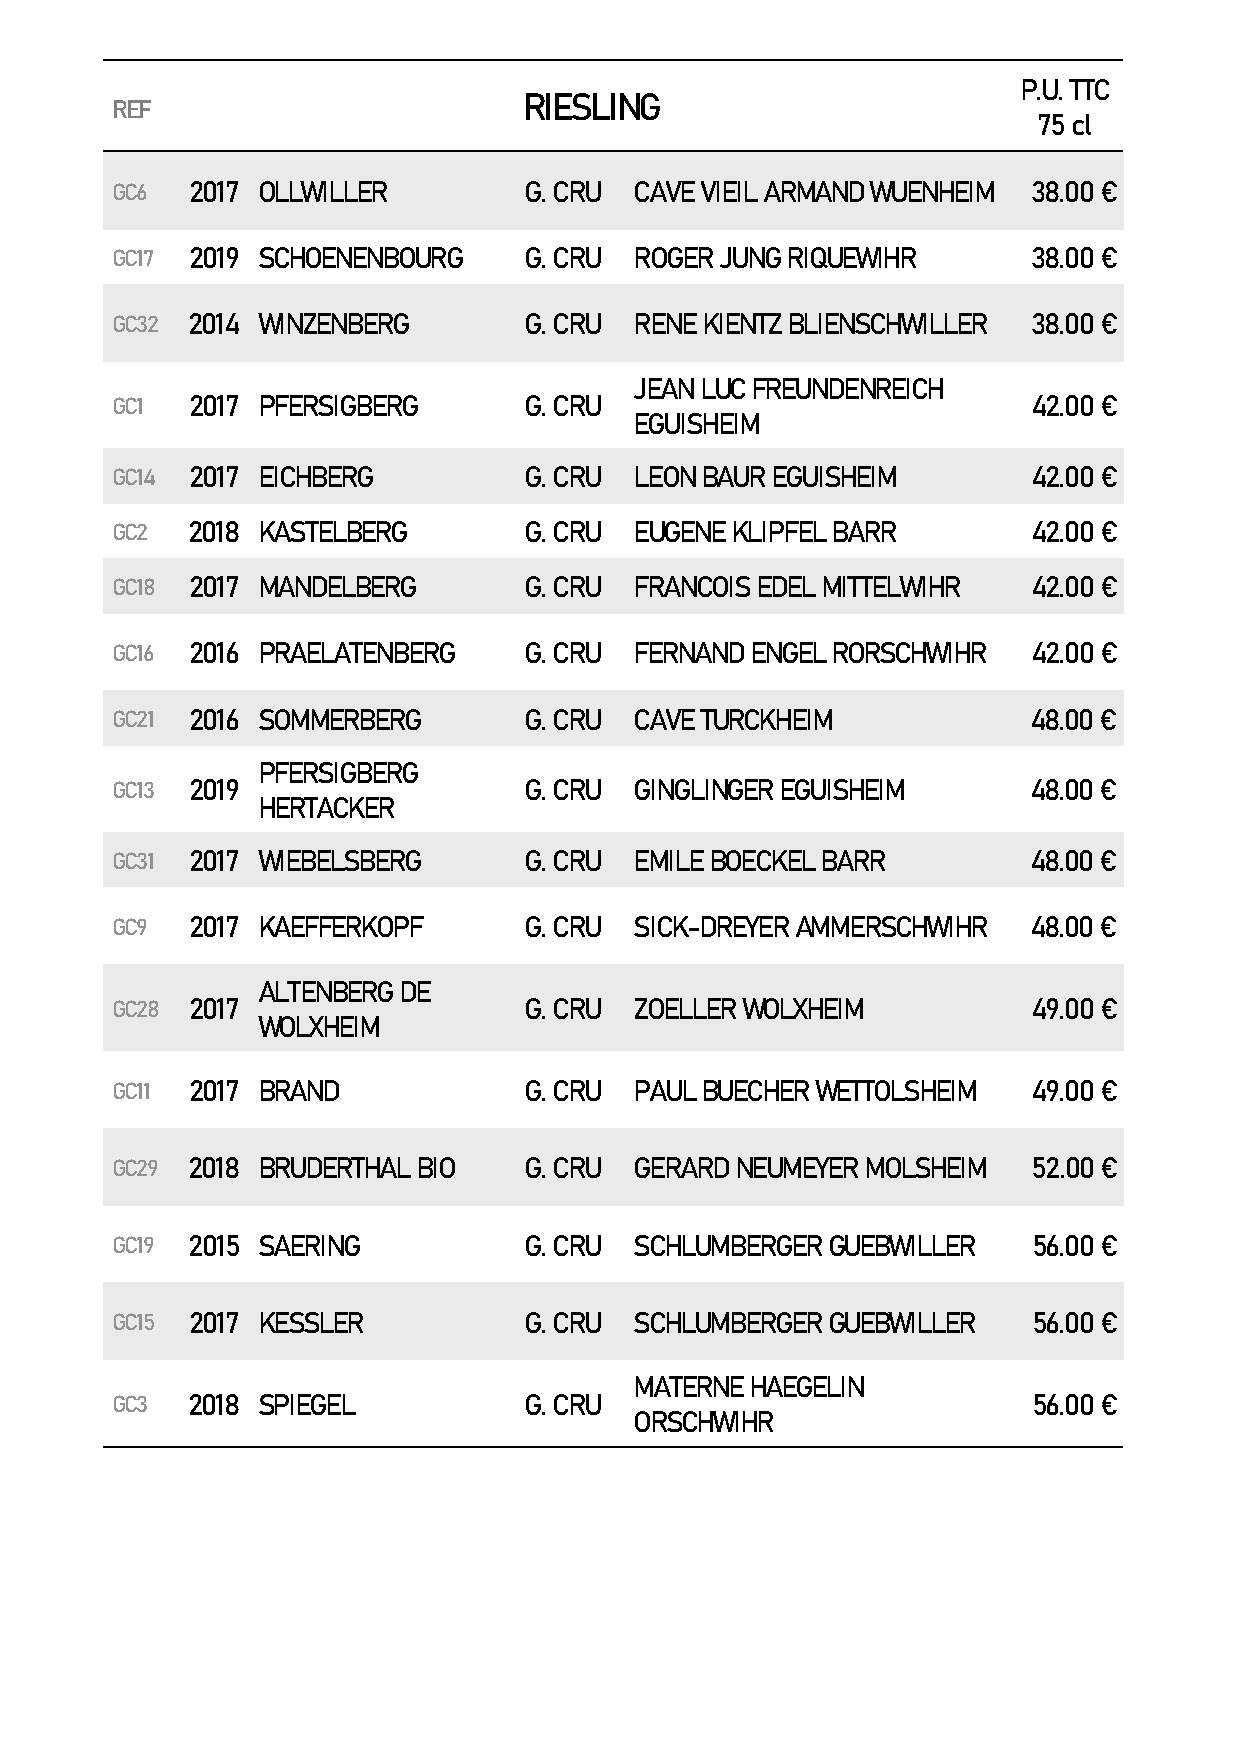
P.U. TTC
 RIESLING
 REF
 75 cl
 GC6  2017 OLLWILLER         G. CRU CAVE VIEIL ARMAND WUENHEIM 38.00 €
 GC17 2019 SCHOENENBOURG     G. CRU ROGER JUNG RIQUEWIHR      38.00 €
 GC32 2014 WINZENBERG        G. CRU RENE KIENTZ BLIENSCHWILLER 38.00 €
 JEAN LUC FREUNDENREICH
 GC1  2017 PFERSIGBERG       G. CRU                           42.00 €
 EGUISHEIM
 GC14 2017 EICHBERG          G. CRU LEON BAUR EGUISHEIM       42.00 €
 GC2  2018 KASTELBERG        G. CRU EUGENE KLIPFEL BARR       42.00 €
 GC18 2017 MANDELBERG        G. CRU FRANCOIS EDEL MITTELWIHR  42.00 €
 GC16 2016 PRAELATENBERG     G. CRU FERNAND ENGEL RORSCHWIHR  42.00 €
 GC21 2016 SOMMERBERG        G. CRU CAVE TURCKHEIM            48.00 €
 PFERSIGBERG
 GC13 2019                   G. CRU GINGLINGER EGUISHEIM      48.00 €
 HERTACKER
 GC31 2017 WIEBELSBERG       G. CRU EMILE BOECKEL BARR        48.00 €
 GC9  2017 KAEFFERKOPF       G. CRU SICK-DREYER AMMERSCHWIHR  48.00 €
 ALTENBERG DE
 GC28 2017                   G. CRU ZOELLER WOLXHEIM          49.00 €
 WOLXHEIM
 GC11 2017 BRAND             G. CRU PAUL BUECHER WETTOLSHEIM  49.00 €
 GC29 2018 BRUDERTHAL BIO    G. CRU GERARD NEUMEYER MOLSHEIM  52.00 €
 GC19 2015 SAERING           G. CRU SCHLUMBERGER GUEBWILLER   56.00 €
 GC15 2017 KESSLER           G. CRU SCHLUMBERGER GUEBWILLER   56.00 €
 MATERNE HAEGELIN
 GC3  2018 SPIEGEL           G. CRU                           56.00 €
 ORSCHWIHR